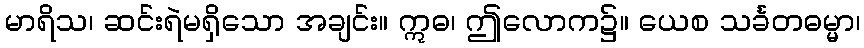
မာရိသ၊ ဆင်းရဲမရှိသော အချင်း။ ဣဓ၊ ဤလောက၌။ ယေစ သင်္ခတဓမ္မာ၊